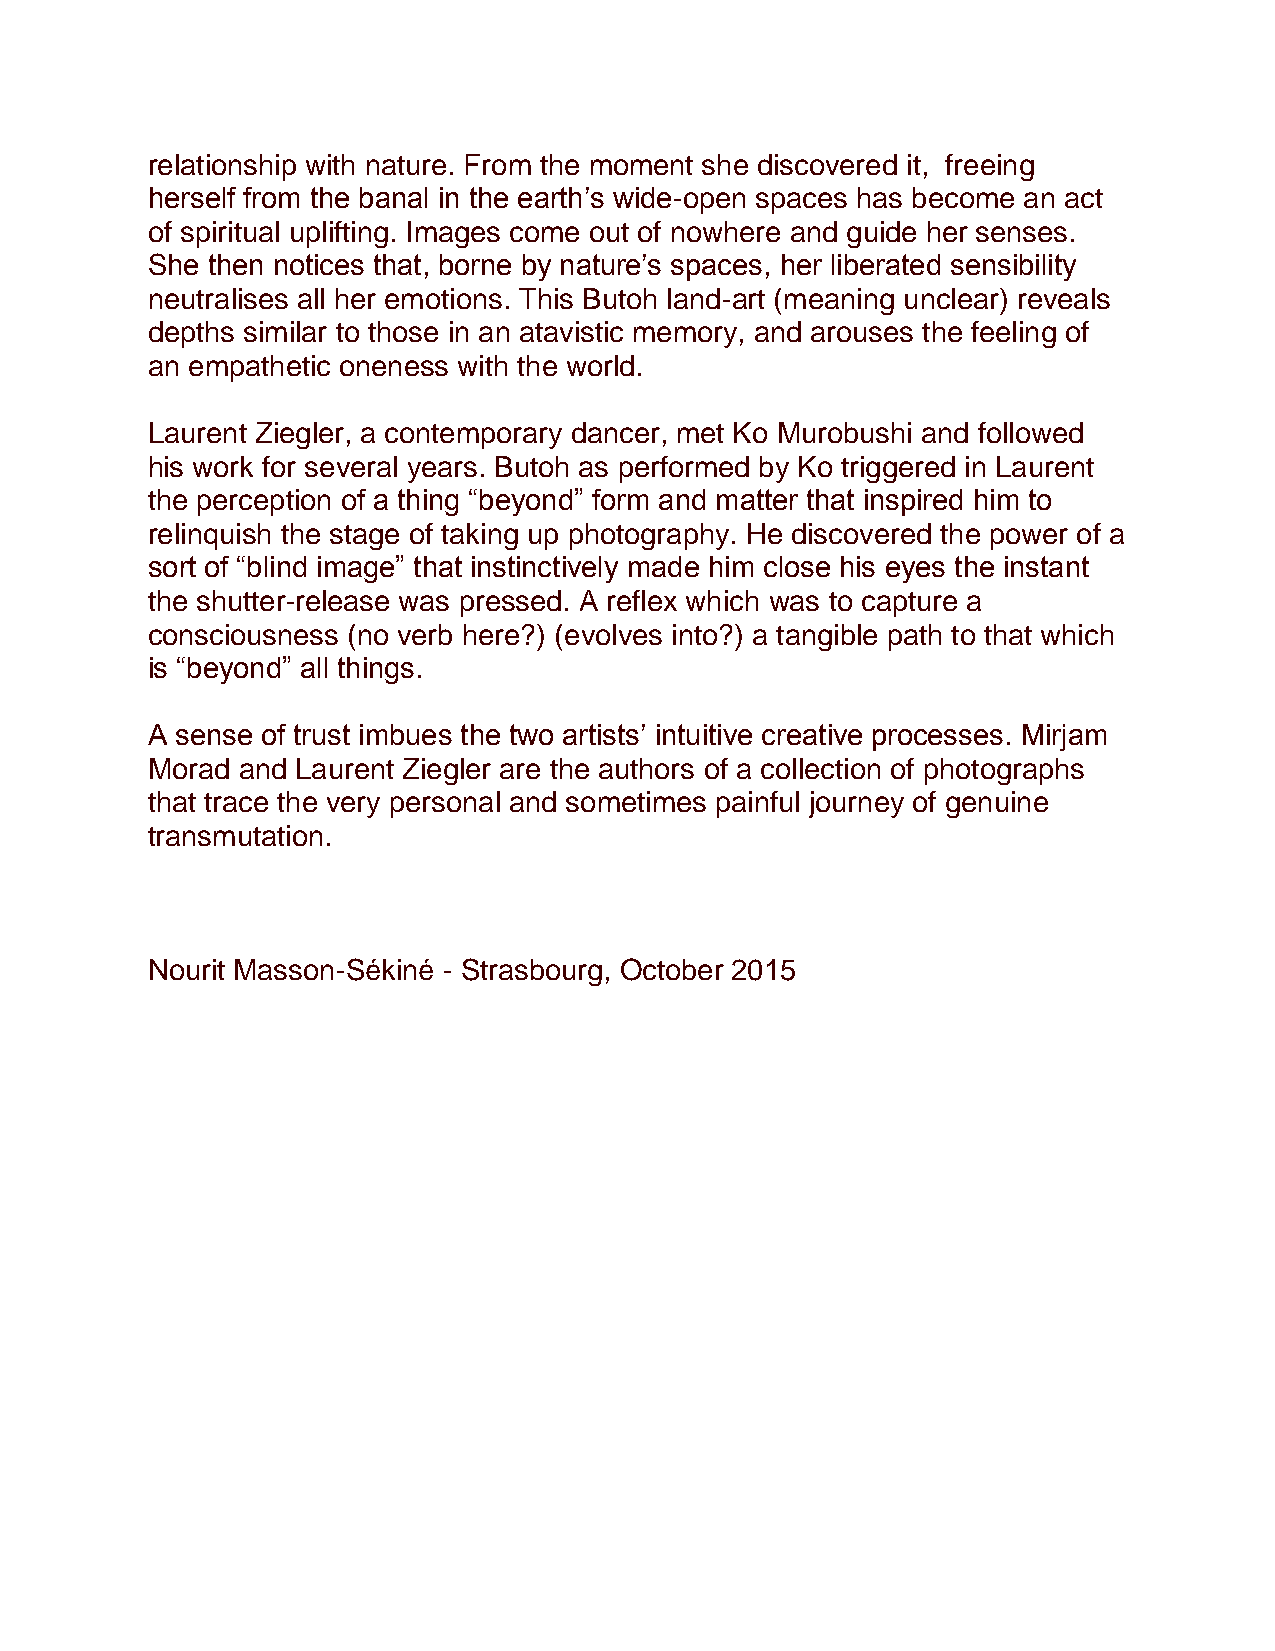
relationship with nature. From the moment she discovered it, freeing
 herself from the banal in the earth’s wide-open spaces has become an act
 of spiritual uplifting. Images come out of nowhere and guide her senses.
 She then notices that, borne by nature’s spaces, her liberated sensibility
 neutralises all her emotions. This Butoh land-art (meaning unclear) reveals
 depths similar to those in an atavistic memory, and arouses the feeling of
 an empathetic oneness with the world.
 Laurent Ziegler, a contemporary dancer, met Ko Murobushi and followed
 his work for several years. Butoh as performed by Ko triggered in Laurent
 the perception of a thing “beyond” form and matter that inspired him to
 relinquish the stage of taking up photography. He discovered the power of a
 sort of “blind image” that instinctively made him close his eyes the instant
 the shutter-release was pressed. A reflex which was to capture a
 consciousness (no verb here?) (evolves into?) a tangible path to that which
 is “beyond” all things.
 A sense of trust imbues the two artists’ intuitive creative processes. Mirjam
 Morad and Laurent Ziegler are the authors of a collection of photographs
 that trace the very personal and sometimes painful journey of genuine
 transmutation.
 Nourit Masson-Sékiné - Strasbourg, October 2015